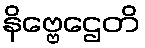
နိဗ္ဗေဌေတိ